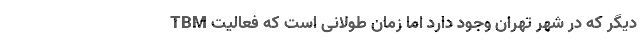
TBM دیگر که در شهر تهران وجود دارد اما زمان طولانی است که فعالیت